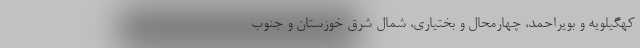
کهگیلویه و بویراحمد، چهارمحال و بختیاری، شمال شرق خوزستان و جنوب